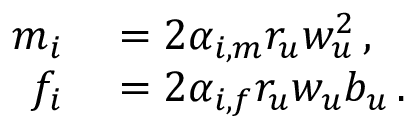
\begin{array} { r l } { m _ { i } } & { { } = 2 \alpha _ { i , m } r _ { u } w _ { u } ^ { 2 } \, , } \\ { f _ { i } } & { { } = 2 \alpha _ { i , f } r _ { u } w _ { u } b _ { u } \, . } \end{array}